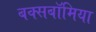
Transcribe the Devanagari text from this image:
बक्सबॉमिया